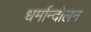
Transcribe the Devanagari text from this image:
धर्मान्दोलन